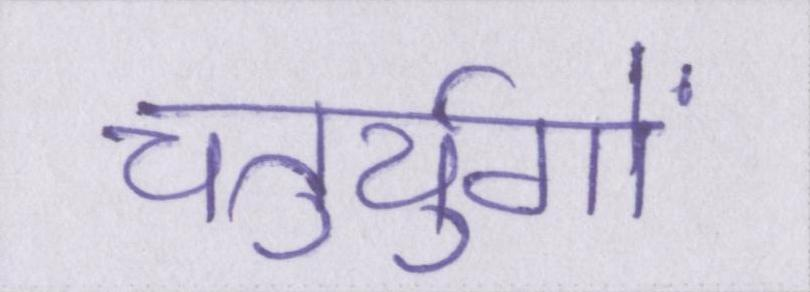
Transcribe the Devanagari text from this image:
चतुर्युगों